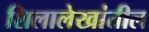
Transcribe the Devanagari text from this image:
शिलालेखांतील